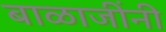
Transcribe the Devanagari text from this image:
बाळाजींनी